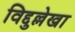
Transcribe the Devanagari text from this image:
विद्दुल्लेखा